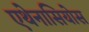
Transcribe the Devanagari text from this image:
एथेनासियोस